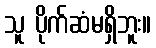
သူ ပိုက်ဆံမရှိဘူး။